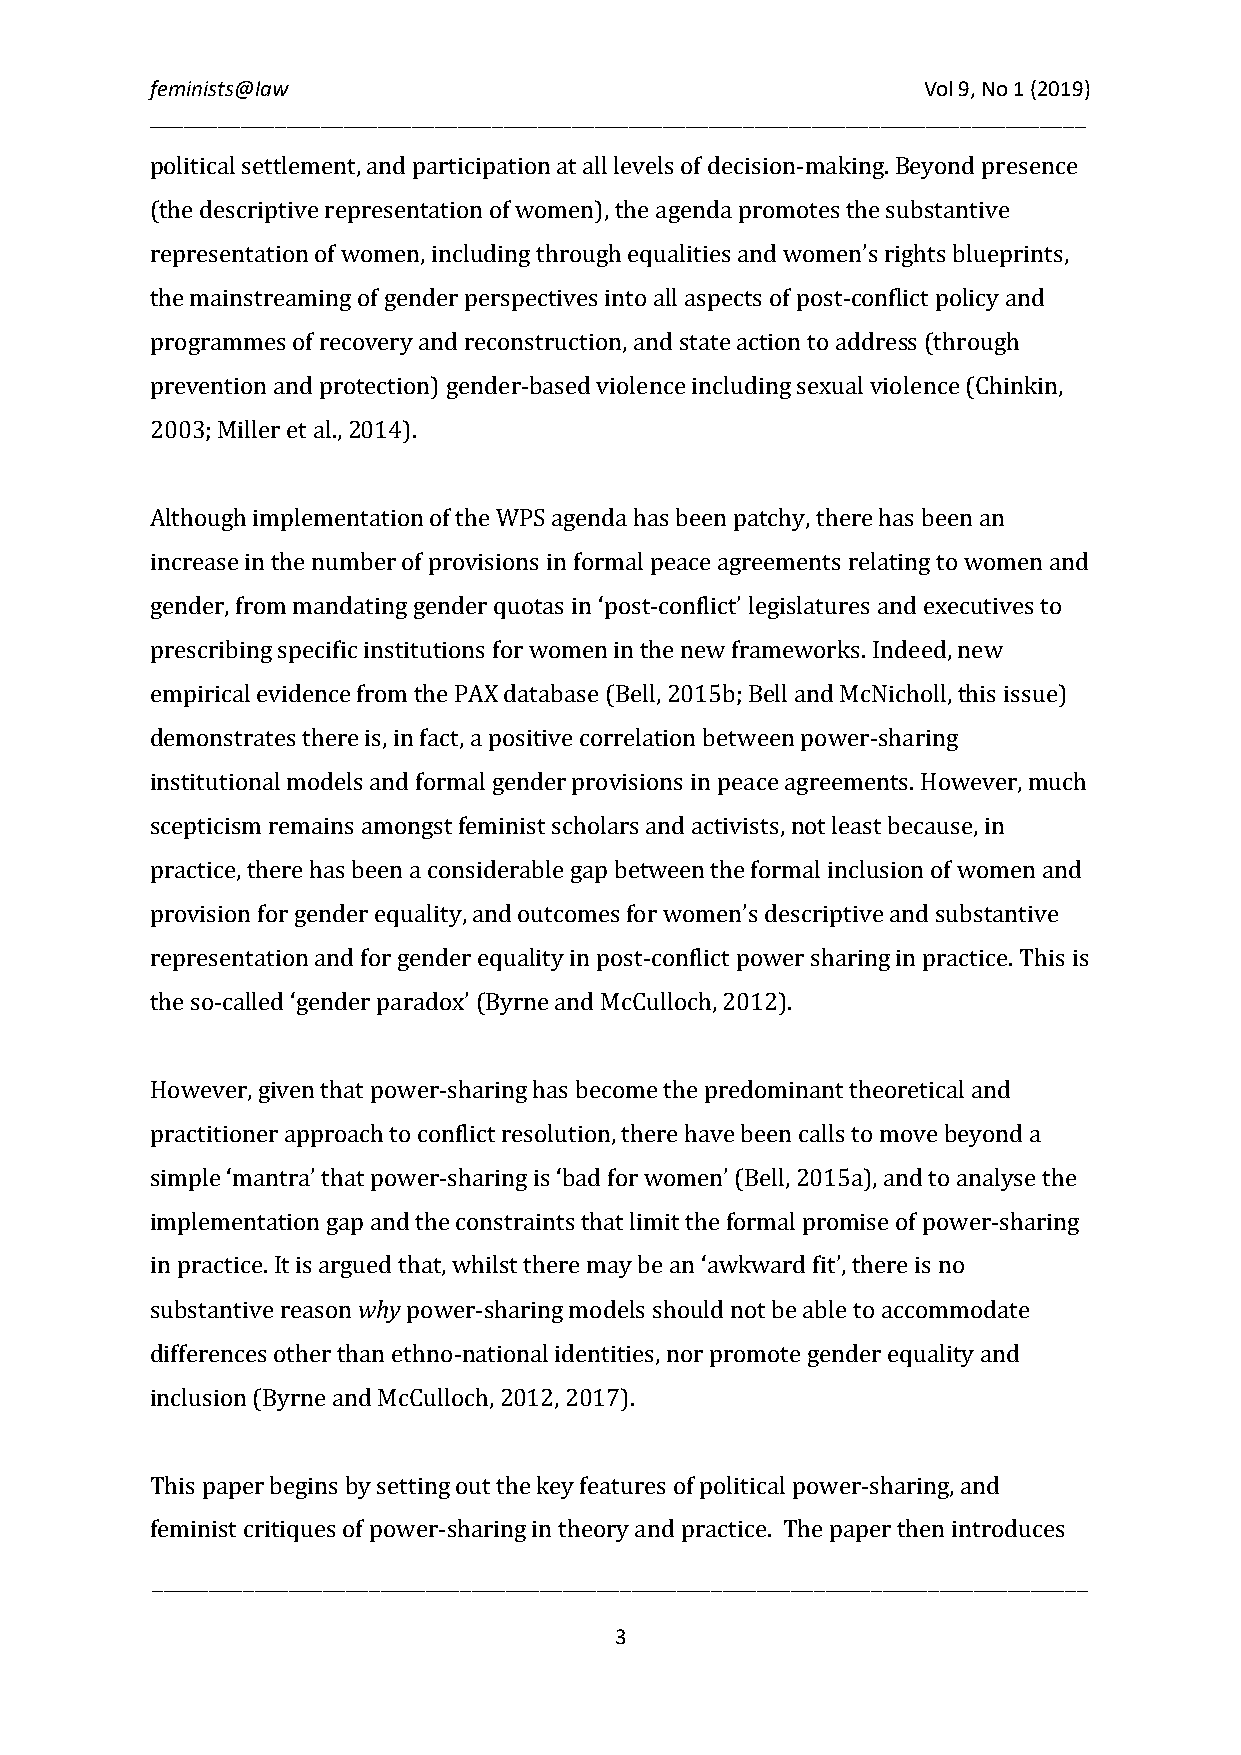
feminists@law                                      Vol 9, No 1 (2019)
 __________________________________________________________________________________
 political settlement, and participation at all levels of decision-making. Beyond presence
 (the descriptive representation of women), the agenda promotes the substantive
 representation of women, including through equalities and women’s rights blueprints,
 the mainstreaming of gender perspectives into all aspects of post-conflict policy and
 programmes of recovery and reconstruction, and state action to address (through
 prevention and protection) gender-based violence including sexual violence (Chinkin,
 2003; Miller et al., 2014).
 Although implementation of the WPS agenda has been patchy, there has been an
 increase in the number of provisions in formal peace agreements relating to women and
 gender, from mandating gender quotas in ‘post-conflict’ legislatures and executives to
 prescribing specific institutions for women in the new frameworks. Indeed, new
 empirical evidence from the PAX database (Bell, 2015b; Bell and McNicholl, this issue)
 demonstrates there is, in fact, a positive correlation between power-sharing
 institutional models and formal gender provisions in peace agreements. However, much
 scepticism remains amongst feminist scholars and activists, not least because, in
 practice, there has been a considerable gap between the formal inclusion of women and
 provision for gender equality, and outcomes for women’s descriptive and substantive
 representation and for gender equality in post-conflict power sharing in practice. This is
 the so-called ‘gender paradox’ (Byrne and McCulloch, 2012).
 However, given that power-sharing has become the predominant theoretical and
 practitioner approach to conflict resolution, there have been calls to move beyond a
 simple ‘mantra’ that power-sharing is ‘bad for women’ (Bell, 2015a), and to analyse the
 implementation gap and the constraints that limit the formal promise of power-sharing
 why
 in practice. It is argued that, whilst there may be an ‘awkward fit’, there is no
 substantive reason power-sharing models should not be able to accommodate
 differences other than ethno-national identities, nor promote gender equality and
 inclusion (Byrne and McCulloch, 2012, 2017).
 This paper begins by setting out the key features of political power-sharing, and
 f_e_m__in__is_t_ c_r_i_t_iq__u_e_s_ o_f_ _p_o_w__e_r_-s_h_a_r_i_n_g_ _in__ t_h_e_o_r_y_ _a_n_d_ _p_r_a_c_t_ic_e_._ _T_h_e_ _p_a_p_e_r_ _t_h_e_n_ i_n_t_r_o_d_u__ce__s_ _
 3